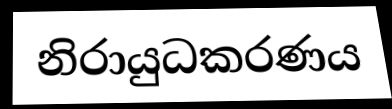
නිරායුධකරණය